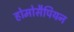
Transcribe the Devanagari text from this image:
होमोसैपियन